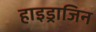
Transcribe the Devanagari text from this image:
हाइड्राजिन